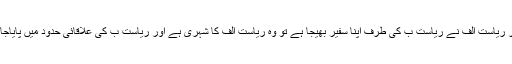
اب اگر ریاست الف نے ریاست ب کی طرف اپنا سفیر بھیجا ہے تو وہ ریاست الف کا شہری ہے اور ریاست ب کی علاقائی حدود میں پایاجاتا ہے۔